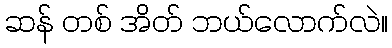
ဆန် တစ် အိတ် ဘယ်လောက်လဲ။